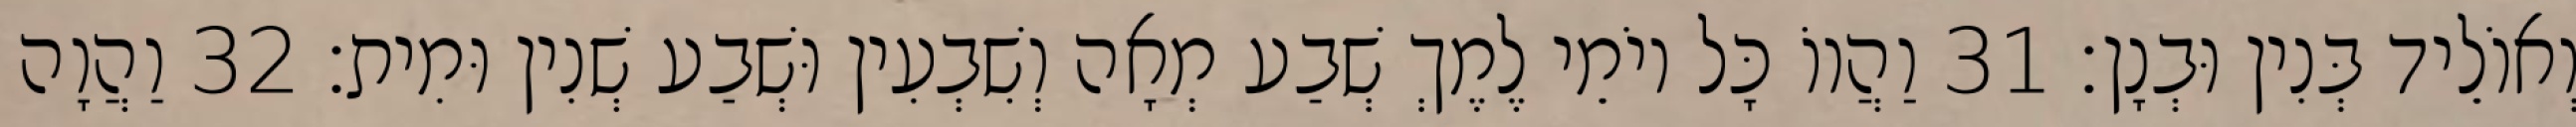
וְאוֹלֵיד בְּנִין וּבְנָן׃ 31 וַהֲווֹ כָּל יוֹמֵי לֶמֶךְ שְׁבַע מְאָה וְשִׁבְעִין וּשְׁבַע שְׁנִין וּמִית׃ 32 וַהֲוָה